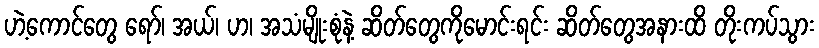
ဟဲ့ကောင်တွေ ရော်၊ အယ်၊ ဟ၊ အသံမျိုးစုံနဲ့ ဆိတ်တွေကိုမောင်းရင်း ဆိတ်တွေအနားထိ တိုးကပ်သွား